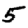
Digit: 5